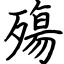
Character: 殤